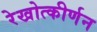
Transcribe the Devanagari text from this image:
रेखोत्कीर्णन